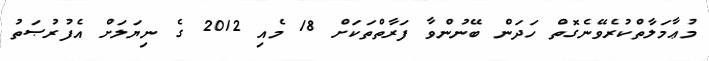
މުޢާމަލާތްކުރެވޭނެގޮތް ހަދަން ބޭނުންވާ ފަރާތްތަކަށް 18 މެއި 2012 ގެ ނިޔަލަށް އެފުރުޞަތު